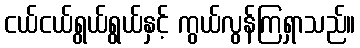
ငယ်ငယ်ရွယ်ရွယ်နှင့် ကွယ်လွန်ကြရှာသည်။